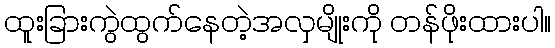
ထူးခြားကွဲထွက်နေတဲ့အလှမျိုးကို တန်ဖိုးထားပါ။